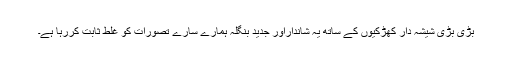
بڑی بڑی شیشہ دار کھڑکیوں کے ساتھ یہ شانداراور جدید بنگلہ ہمارے سارے تصورات کو غلط ثابت کررہا ہے۔